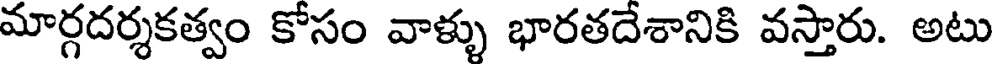
మార్గదర్శకత్వం కోసం వాళ్ళు భారతదేశానికి వస్తారు. అటు